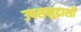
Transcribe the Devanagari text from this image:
उपसमुद्राशी